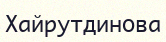
Хайрутдинова